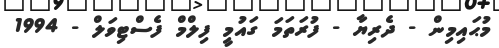
މުޙައިމިން - ދެރިޔާ - ފުރަތަމަ ގައުމީ ފިލްމް ފެސްޓިވަލް - 1994